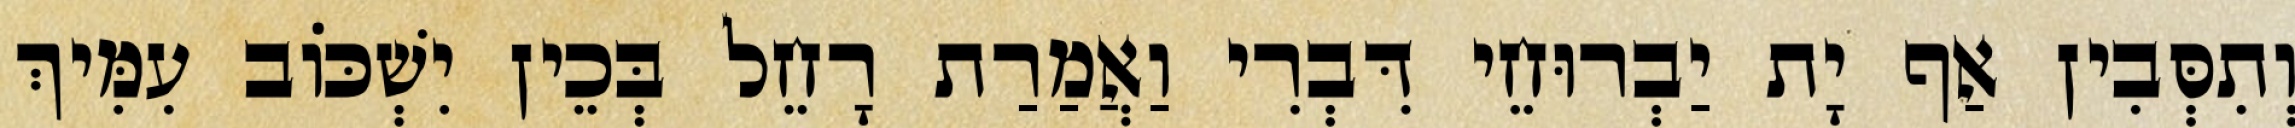
וְתִסְּבִין אַף יָת יַבְרוּחֵי דִּבְרִי וַאֲמַרַת רָחֵל בְּכֵין יִשְׁכּוֹב עִמִּיךְ